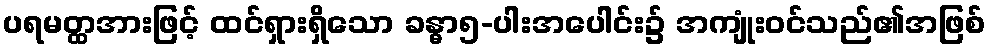
ပရမတ္ထအားဖြင့် ထင်ရှားရှိသော ခန္ဓာ၅-ပါးအပေါင်း၌ အကျုံးဝင်သည်၏အဖြစ်